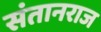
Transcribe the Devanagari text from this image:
संतानराज